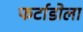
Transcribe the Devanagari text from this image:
फर्टाडोला